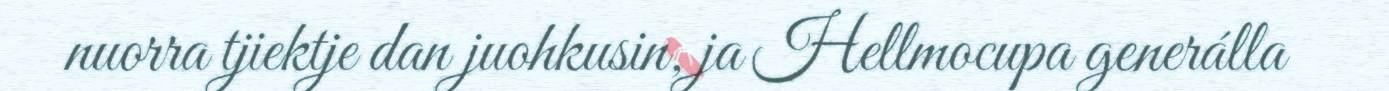
nuorra tjiektje dan juohkusin, ja Hellmocupa generálla